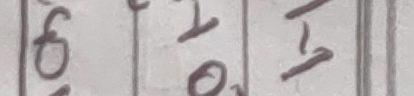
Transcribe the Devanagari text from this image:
८ १ १
० ० २